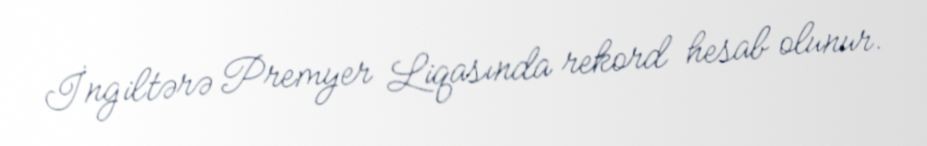
İngiltərə Premyer Liqasında rekord hesab olunur.